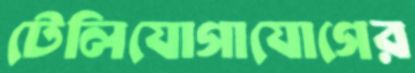
টেলিযোগাযোগের